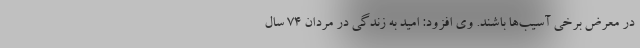
در معرض برخی آسیب‌ها باشند. وی افزود: امید به زندگی در مردان ۷۴ سال